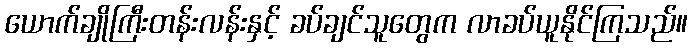
ယောက်ချိုကြီးတန်းလန်းနှင့် ခပ်ချင်သူတွေက လာခပ်ယူနိုင်ကြသည်။